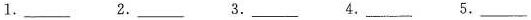
1.___ 2.___ 3.___ 4.___ 5.___